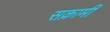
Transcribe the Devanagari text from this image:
सक्रामी